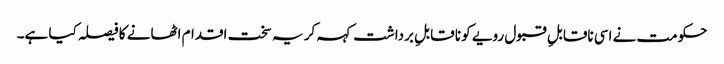
حکومت نے اسی ناقابلِ قبول رویے کو نا قابلِ برداشت کہہ کر یہ سخت اقدام اٹھانے کا فیصلہ کیا ہے۔